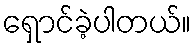
ရှောင်ခဲ့ပါတယ်။